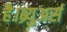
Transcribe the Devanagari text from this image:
है।ब्र्युअर्स